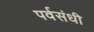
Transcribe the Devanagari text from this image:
पर्वसंधी